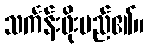
သင်္ကန်းဖိုးမည်၏။